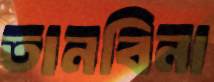
তানবিনা